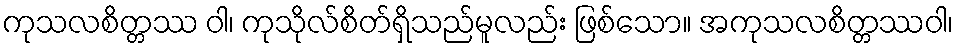
ကုသလစိတ္တဿ ဝါ၊ ကုသိုလ်စိတ်ရှိသည်မူလည်း ဖြစ်သော။ အကုသလစိတ္တဿဝါ၊